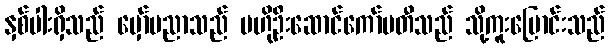
နှစ်ပါးရှိသည် မှော်ပညာသည် ဗဟိုဦးဆောင်ကော်မတီသည် သို့ကူးပြောင်းသည်